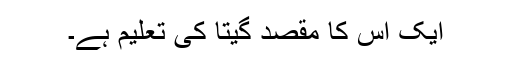
ایک اس کا مقصد گیتا کی تعلیم ہے۔